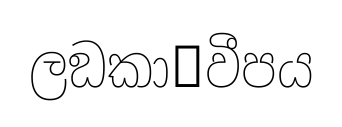
ලඞකා෾වීපය